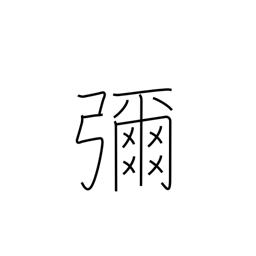
Meaning: extensive